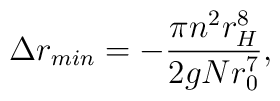
\Delta r_{min} = -\frac{\pi n^2 r_H^8}{2gNr_0^7},